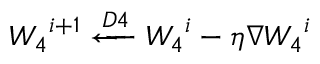
\boldsymbol { W _ { 4 } } ^ { i + 1 } \xleftarrow { D 4 } \boldsymbol { W _ { 4 } } ^ { i } - \eta \nabla \boldsymbol { W _ { 4 } } ^ { i }